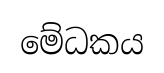
මේධකය